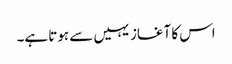
اس کا آغاز یہیں سے ہوتا ہے۔